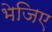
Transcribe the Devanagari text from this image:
भेजिए